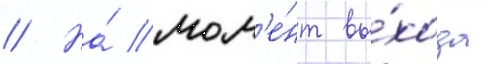
// На́ мом'е́нт вы́хода